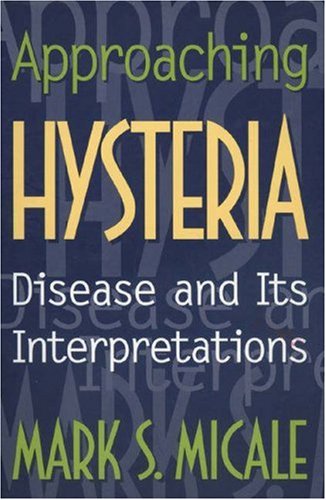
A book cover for Approaching Hysteria; Mark S. Micale; Literature & Fiction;